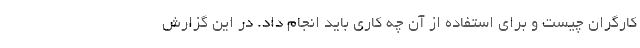
کارگران چیست و برای استفاده از آن چه کاری باید انجام داد. در این گزارش